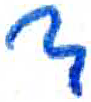
אות: ד